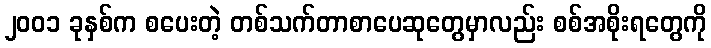
၂၀၀၁ ခုနှစ်က စပေးတဲ့ တစ်သက်တာစာပေဆုတွေမှာလည်း စစ်အစိုးရတွေကို